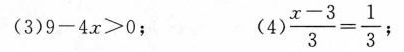
(3)9-4x>0; (4) \frac{x-3}{3}=\frac{1}{3};